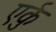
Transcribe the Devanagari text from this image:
एर्कु